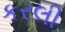
કરલી